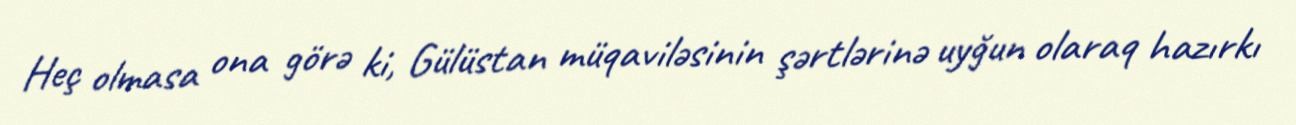
Heç olmasa ona görə ki, Gülüstan müqaviləsinin şərtlərinə uyğun olaraq hazırkı